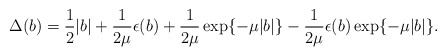
\begin{align*}\Delta (b)=\frac{1}{2}\vert b \vert +\frac{1}{2\mu}\epsilon (b)+\frac{1}{2\mu}\exp \{-\mu \vert b \vert \}-\frac{1}{2\mu}\epsilon (b)\exp \{-\mu \vert b \vert \}.\end{align*}